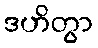
ဒဟိတွာ